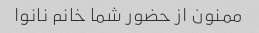
ممنون از حضور شما خانم نانوا